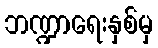
ဘဏ္ဍာရေးနှစ်မှ